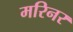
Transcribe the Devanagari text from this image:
मरिनर